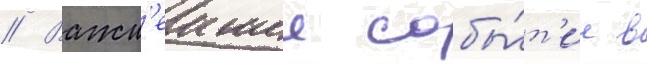
// Важн'еишее собы́т'ие в